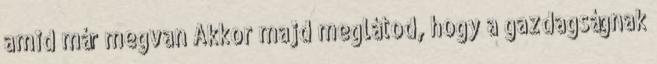
amid már megvan Akkor majd meglátod, hogy a gazdagságnak